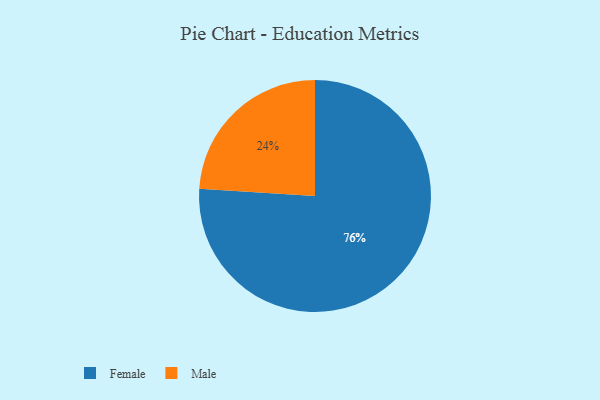
{"axis": {"x": "Category", "y": "Percentage"}, "legend": ["Female", "Male"], "data": [{"x": "Male", "y": 24, "type": "Male"}, {"x": "Female", "y": 76, "type": "Female"}]}